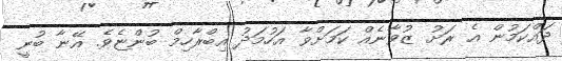
ދައްކަމުން އެ ރަށު ޒުވާނެއް ކަމަށްވާ އަހުމަދު އިބްރާހިމް ބުންޏެވެ. އޭނާ ބުނީ